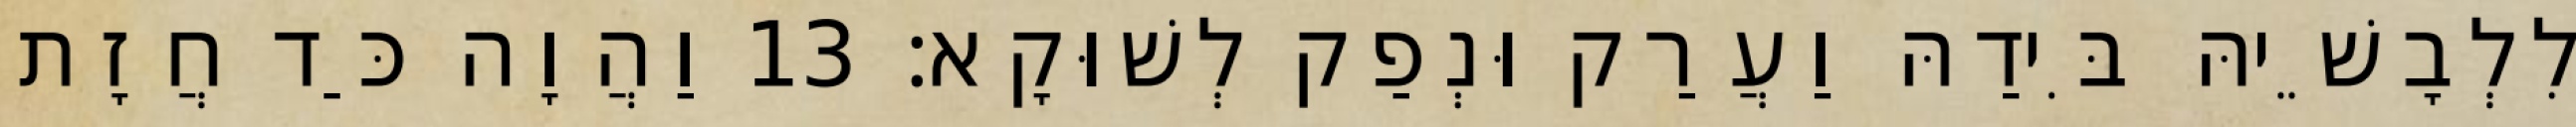
לִלְבָשֵׁיהּ בִּידַהּ וַעֲרַק וּנְפַק לְשׁוּקָא׃ 13 וַהֲוָה כַּד חֲזָת